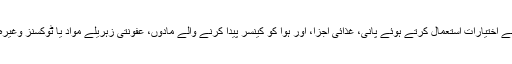
انہوں نے صدر اوباما سے اپیل کی ہے کہ وہ اپنے اختیارات استعمال کرتے ہوئے پانی، غذائی اجزا، اور ہوا کو کینسر پیدا کرنے والے مادوں، عفونتی زہریلے مواد یا ٹوکسنز وغیرہ سے پاک کرنے کے لئے ممکنہ اقدامات کریں۔